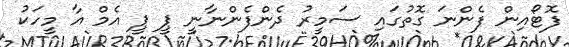
ފޮޓޯއިން ފެންނަ ގޮތުގައި ސަމީރު ދެންފެންނާނީ ޕީ ޕީ އެމް އާ މީހަކު